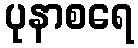
ပုနာစရေ